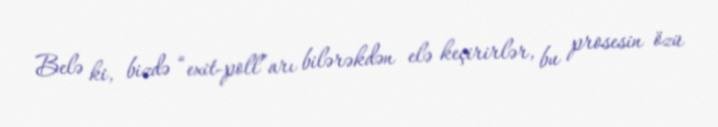
Belə ki, bizdə “exit-poll”arı bilərəkdən elə keçirirlər, bu prosesin özü